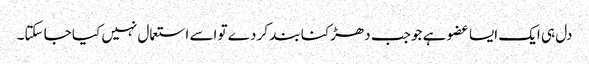
دل ہی ایک ایسا عضو ہے جو جب دھڑکنا بند کر دے تو اسے استعمال نہیں کیا جا سکتا۔